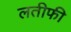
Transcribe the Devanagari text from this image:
लतीफी